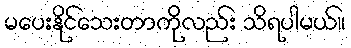
မပေးနိုင်သေးတာကိုလည်း သိရပါမယ်။